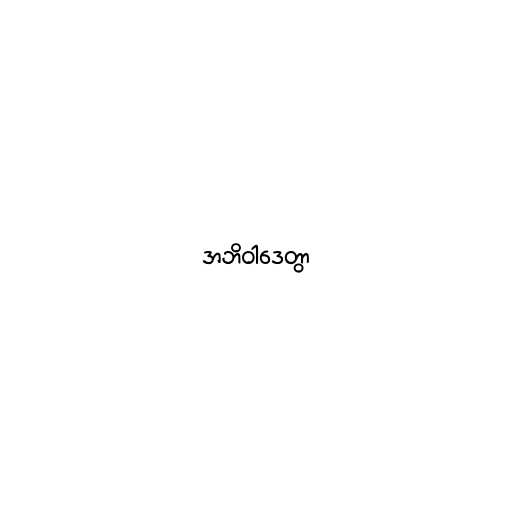
အဘိဝါဒေတွာ